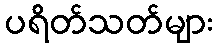
ပရိတ်သတ်များ